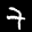
Label: 7